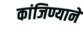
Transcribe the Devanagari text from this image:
कांजिण्याने